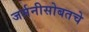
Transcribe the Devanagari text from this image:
जर्मनीसोबतचे